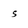
Character: 5